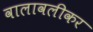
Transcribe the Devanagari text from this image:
वालावलीकर